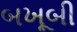
બખૂબી